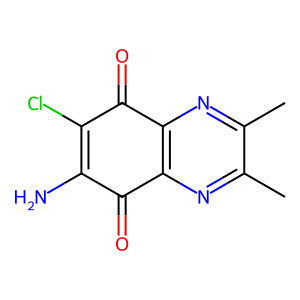
SMILES: Cc1nc2c(nc1C)C(=O)C(Cl)=C(N)C2=O
Inhibits HIV replication: No